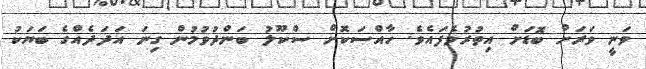
ވަނީ ވަރަށް ބޮޑަށް އިތުރުވެފައެވެ. ހާއްސަކޮށް ސްކޫލު ބަންދުވުމުން ގިނަ އަދަދެއްގެ ބަޔަކު